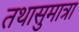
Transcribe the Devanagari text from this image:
तथासुमात्रा